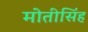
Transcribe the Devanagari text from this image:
मोतीसिंह